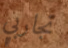
تجاربي